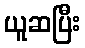
ယူဆပြီး